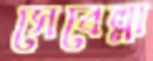
সেবেল্লা